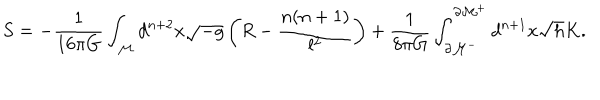
S = - \frac { 1 } { 1 6 \pi G } \int _ { \cal M } d ^ { n + 2 } x \sqrt { - g } \left( R - \frac { n ( n + 1 ) } { l ^ { 2 } } \right) + \frac { 1 } { 8 \pi G } \int _ { \partial \cal M ^ { - } } ^ { \partial \cal M ^ { + } } d ^ { n + 1 } x \sqrt { h } K .